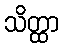
သိတ္ထာ